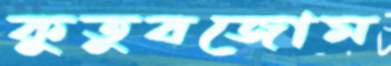
কুতুবজোম